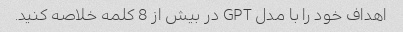
اهداف خود را با مدل GPT در بیش از 8 کلمه خلاصه کنید.